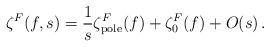
LaTeX: \begin{align*}\zeta^F (f,s)=\frac 1s \zeta^F_{\mbox{\scriptsize pole}}(f)+\zeta^F_0 (f)+O(s) \,.\end{align*}